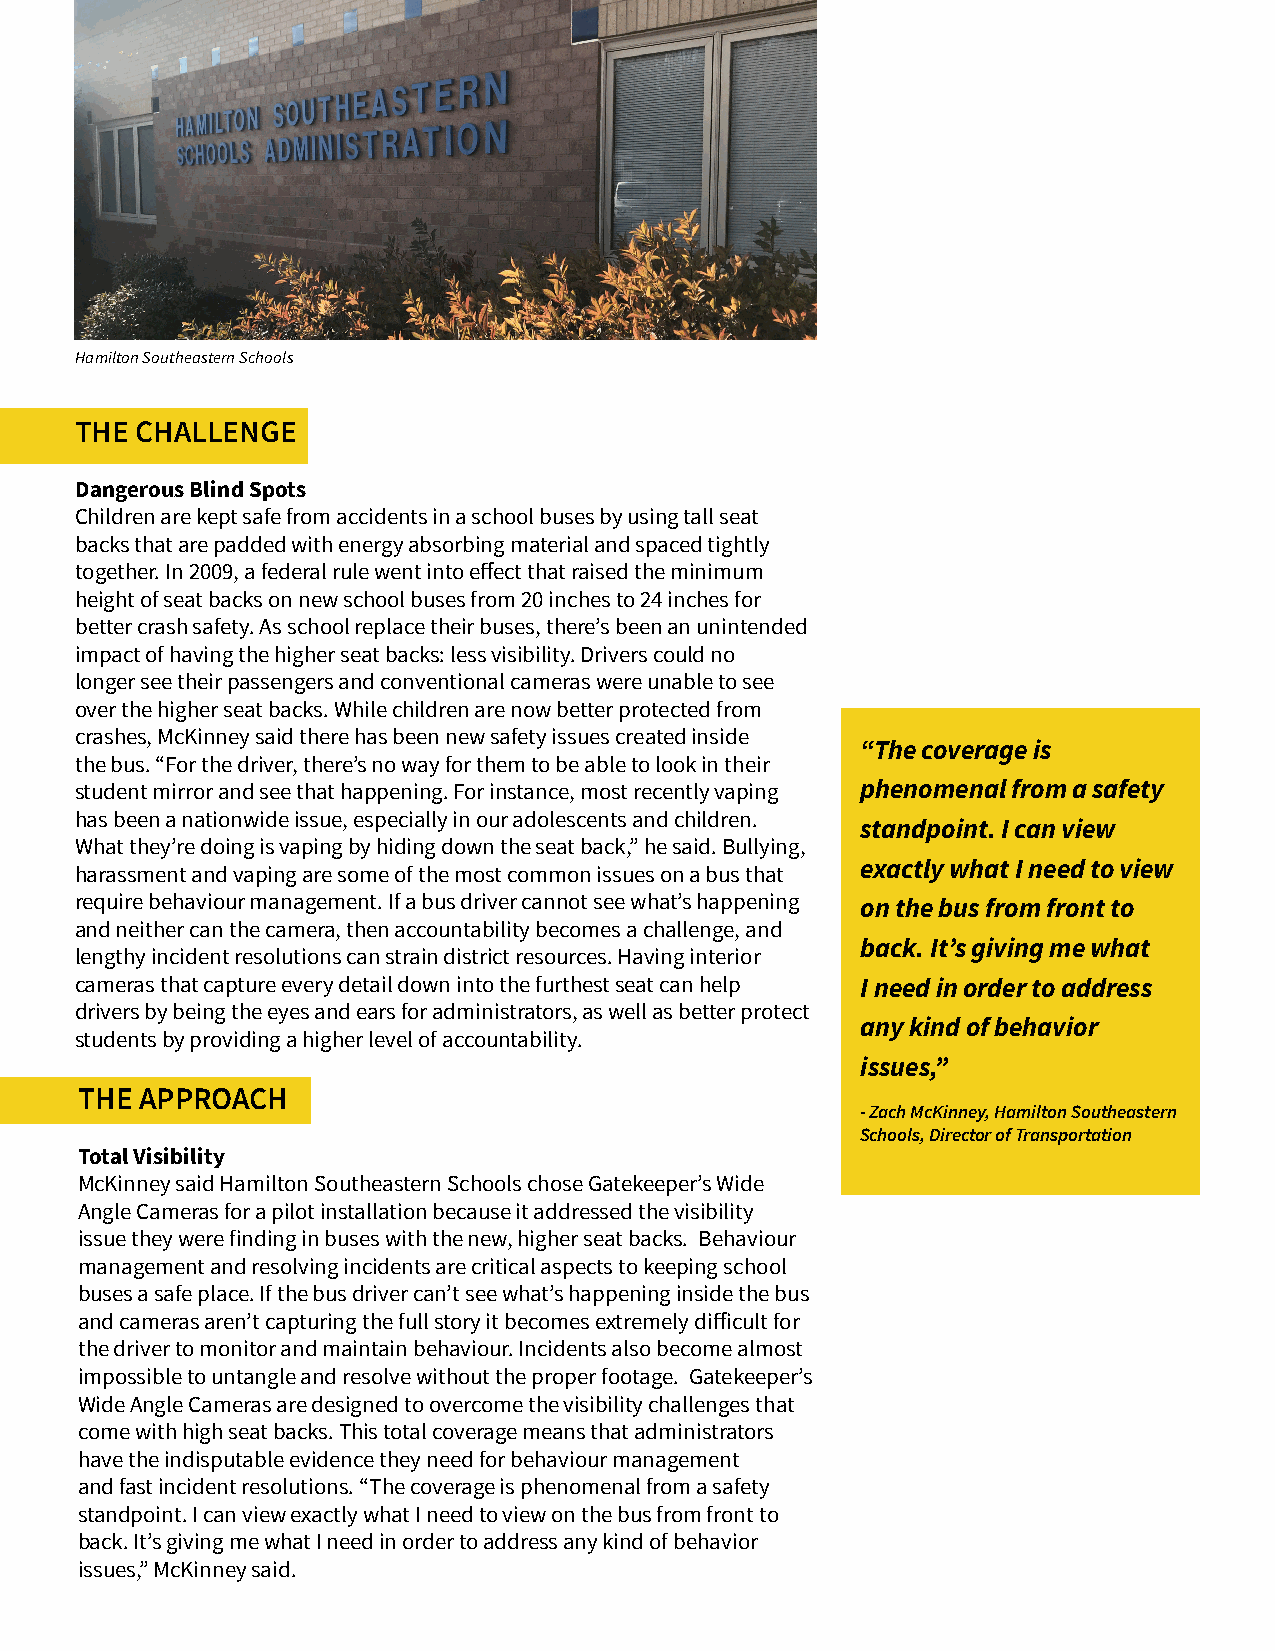
Hamilton Southeastern Schools
 THE CHALLENGE
 Dangerous Blind Spots
 Children are kept safe from accidents in a school buses by using tall seat
 backs that are padded with energy absorbing material and spaced tightly
 together. In 2009, a federal rule went into effect that raised the minimum
 height of seat backs on new school buses from 20 inches to 24 inches for
 better crash safety. As school replace their buses, there’s been an unintended
 impact of having the higher seat backs: less visibility. Drivers could no
 longer see their passengers and conventional cameras were unable to see
 over the higher seat backs. While children are now better protected from
 crashes, McKinney said there has been new safety issues created inside
 “The coverage is
 the bus. “For the driver, there’s no way for them to be able to look in their
 student mirror and see that happening. For instance, most recently vaping phenomenal from a safety
 has been a nationwide issue, especially in our adolescents and children.
 standpoint. I can view
 What they’re doing is vaping by hiding down the seat back,” he said. Bullying,
 exactly what I need to view
 harassment and vaping are some of the most common issues on a bus that
 require behaviour management. If a bus driver cannot see what’s happening on the bus from front to
 and neither can the camera, then accountability becomes a challenge, and
 back. It’s giving me what
 lengthy incident resolutions can strain district resources. Having interior
 cameras that capture every detail down into the furthest seat can help I need in order to address
 drivers by being the eyes and ears for administrators, as well as better protect
 any kind of behavior
 students by providing a higher level of accountability.
 issues,”
 THE APPROACH
 - Zach McKinney, Hamilton Southeastern
 Schools, Director of Transportation
 Total Visibility
 McKinney said Hamilton Southeastern Schools chose Gatekeeper’s Wide
 Angle Cameras for a pilot installation because it addressed the visibility
 issue they were finding in buses with the new, higher seat backs. Behaviour
 management and resolving incidents are critical aspects to keeping school
 buses a safe place. If the bus driver can’t see what’s happening inside the bus
 and cameras aren’t capturing the full story it becomes extremely difficult for
 the driver to monitor and maintain behaviour. Incidents also become almost
 impossible to untangle and resolve without the proper footage. Gatekeeper’s
 Wide Angle Cameras are designed to overcome the visibility challenges that
 come with high seat backs. This total coverage means that administrators
 have the indisputable evidence they need for behaviour management
 and fast incident resolutions. “The coverage is phenomenal from a safety
 standpoint. I can view exactly what I need to view on the bus from front to
 back. It’s giving me what I need in order to address any kind of behavior
 issues,” McKinney said.